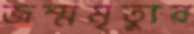
জন্মমৃত্যুর